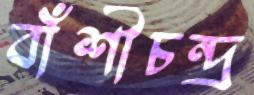
বাঁশীচন্দ্র